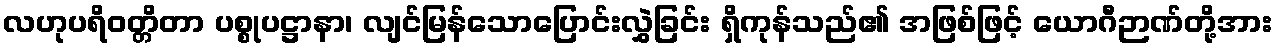
လဟုပရိဝတ္တိတာ ပစ္စုပဋ္ဌာနာ၊ လျင်မြန်သောပြောင်းလွှဲခြင်း ရှိကုန်သည်၏ အဖြစ်ဖြင့် ယောဂီဉာဏ်တို့အား